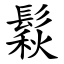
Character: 鬏